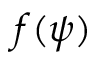
f ( \psi )